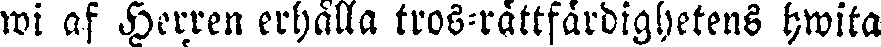
wi af Herren erhålla tros-rättfärdighetens hwita